Assam Mental Hospital (Tezpur, India) - 1933-1948
Year: 1933
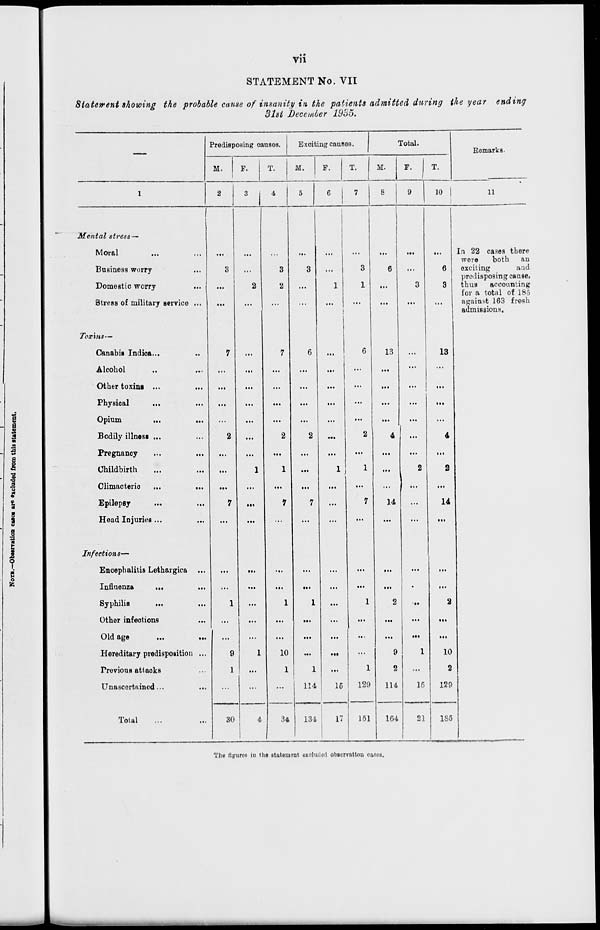
vii
STATEMENT No. VII
Statement showing the probable cause of insanity in the patients admitted during the year ending
31st December 1935.
—
1
Mental stress—
Moral ... ...
Business worry ...
Domestic worry ...
Stress of military service ...
Toxins—
Canabis Indica... ...
Alcohol ... ...
Other toxins ... ...
Physical ... ...
Opium
...
...
Bodily illness ... ...
Pregnancy
... ...
Childbirth ... ...
Climacteric
...
...
Epilepsy ... ...
Head Injuries... ...
Infections—
Encephalitis Lethargica ...
Influenza
... ...
Syphilis
... ...
Other infections ...
Old age
...
...
Hereditary predisposition ...
Previous attacks ...
Unascertained... ...
Total ... ...
Predisposing causes.
M.
2
...
3
...
...
7
...
...
...
...
2
...
...
...
7
...
...
...
1
...
...
9
1
...
30
F.
3
...
...
2
...
...
...
...
...
...
...
...
1
...
...
...
...
...
...
...
...
1
...
...
4
T.
4
...
3
2
...
7
...
...
...
...
2
...
1
...
7
...
...
...
1
...
...
10
1
...
34
Exciting causes.
M.
5
...
3
...
...
6
...
...
...
...
2
...
...
...
7
...
...
...
1
...
...
...
1
114
134
F.
6
...
...
1
...
...
...
...
...
...
...
...
1
...
...
...
...
...
...
...
...
...
...
15
17
T.
7
...
3
1
...
6
...
...
...
...
2
...
1
...
7
...
...
...
1
...
...
...
1
129
151
Total.
M.
8
...
6
...
...
13
...
...
...
...
4
...
...
...
14
...
...
...
2
...
...
9
2
114
164
F.
9
...
...
3
...
...
...
...
...
...
...
...
2
...
...
...
...
...
...
...
...
1
...
15
21
T.
10
...
6
3
...
13
...
...
...
...
4
...
2
...
14
...
...
...
2
...
...
10
2
129
185
Remarks.
11
In 22 cases there
were
both an
exciting
and
predisposing cause,
thus
accounting
for a total of 185
against 163 fresh
admissions.
The figures in the statement excluded observation cases.